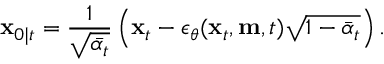
\mathbf { x } _ { 0 \mid t } = \frac { 1 } { \sqrt { \bar { \alpha _ { t } } } } \left( \mathbf { x } _ { t } - \epsilon _ { \theta } ( \mathbf { x } _ { t } , \mathbf { m } , t ) \sqrt { 1 - \bar { \alpha } _ { t } } \right) .